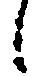
候